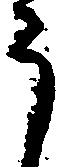
う